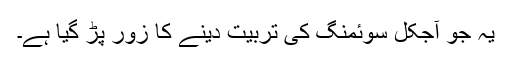
یہ جو آجکل سوئمنگ کی تربیت دینے کا زور پڑ گیا ہے۔